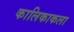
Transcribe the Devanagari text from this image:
कालिकाकला